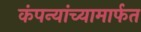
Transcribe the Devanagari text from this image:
कंपन्यांच्यामार्फत